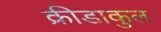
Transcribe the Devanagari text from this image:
क्रीडाकुल